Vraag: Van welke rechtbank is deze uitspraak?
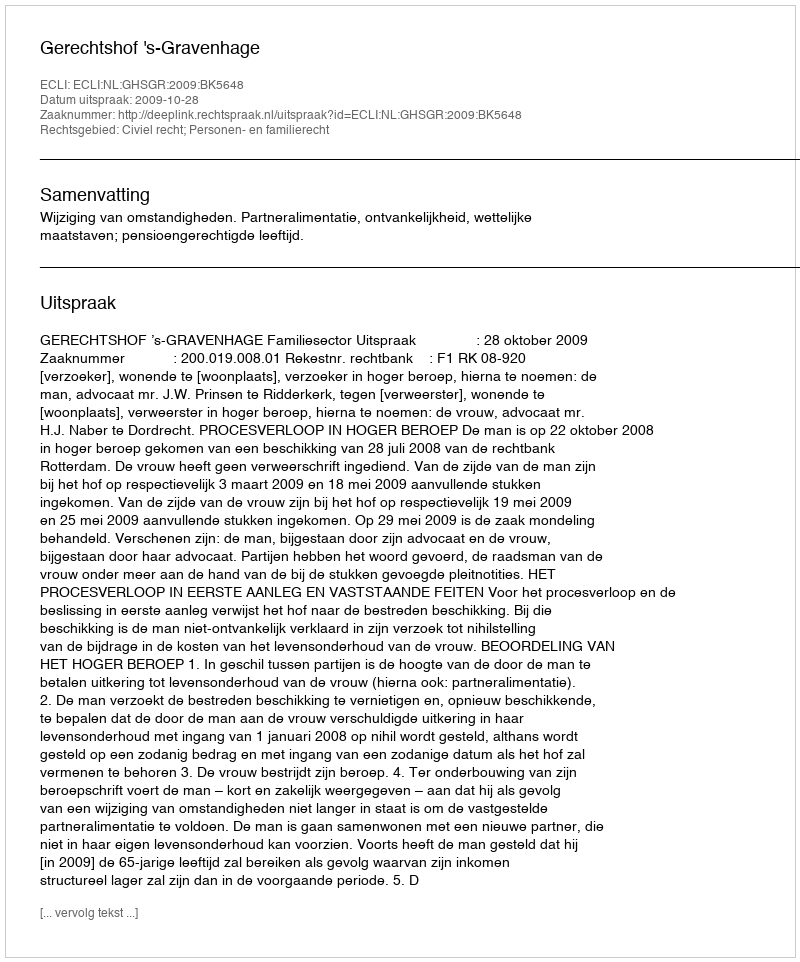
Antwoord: Gerechtshof 's-Gravenhage